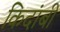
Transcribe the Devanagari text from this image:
किदांबी